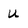
Character: U